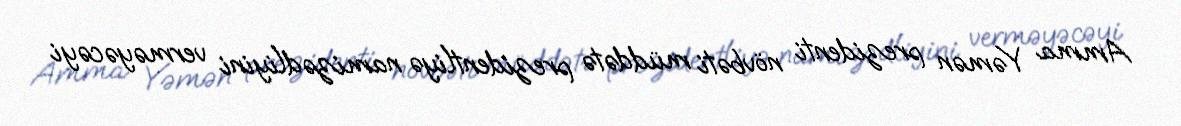
Amma Yəmən prezidenti növbəti müddətə prezidentliyə namizədliyini verməyəcəyi